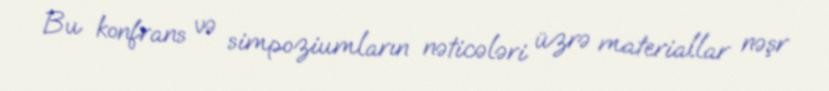
Bu konfrans və simpoziumların nəticələri üzrə materiallar nəşr